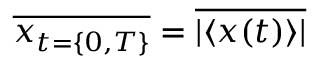
\overline { { x _ { t = \{ 0 , T \} } } } = \overline { { | \langle x ( t ) \rangle | } }